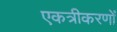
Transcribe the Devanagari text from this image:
एकत्रीकरणों